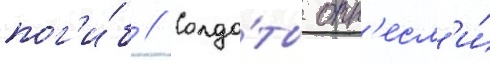
пог'и́б // Солда́ты отн'есл'и́